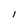
Character: l